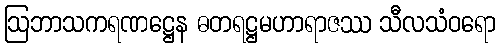
ဩဘာသကရဏဋ္ဌေန ဓတရဋ္ဌမဟာရာဇဿ သီလသံဝရော